King Institute of Preventive Medicine Micro-Biological Section reports 1912-19
Year: 1912
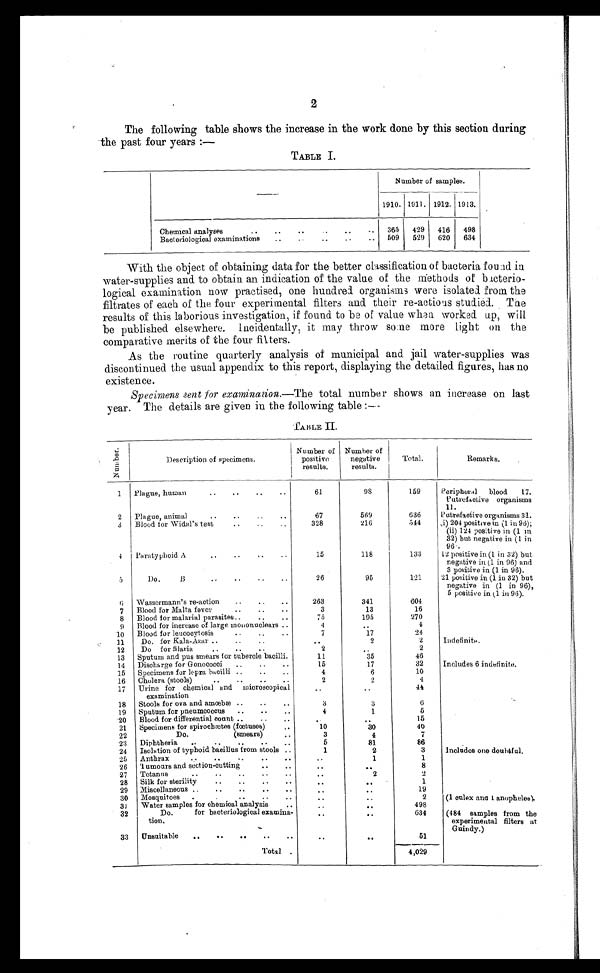
2
The following table shows the increase in the work done by this section during
the past four years :—
TABLE I.
Number of samples.
1910. 1911. 1912. 1913.
Chemical analyses
..
..
..
..
. .
365
429
416
498
Bacteriological examinations
..
..
..
..
. . 509
529
620
634
With the object of obtaining data for the better classification of bacteria found in
water-supplies and to obtain an indication of the value of the methods of bacterio-
logical examination now practised, one hundred organisms were isolated. from the
filtrates of each of the four experimental filters and their re-actions studied. The
results of this laborious investigation, if found to be of value when worked up, will
be published elsewhere. Incidentally, it may throw some more light on the
comparative merits of the four filters.
As the routine quarterly analysis of municipal and jail water-supplies was
discontinued the usual appendix to this report, displaying the detailed figures, has no
existence.
Specimens sent for examination. —The total number shows an increase on last
year. The details are given in the following table :—
TABLE II
N u m b e r .
Description of specimens.
Number of
positive
results.
Number of
negative
results.
Total.
Remarks.
1
Plague, human
..
..
..
..
61
98
159
Peripheral blood 17.
Putrefactive organisms
11.
2
Plague, animal
..
. .
67
569
636
Putrefactive organisms 31.
3
Blood for Widal's test
..
..
328
216
544
,i 204 positive in (1 in 96);
(ii) 124 positive in (1 in
32) but negative in (1 in
96 .
4
Paratyphoid A
..
..
..
..
15
118
133
12 positive in (1 in 32) but
negative in (1 in 96) and
3 positive in (1 in 96).
5
Do.
B
..
..
..
..
26
95
121
21 positive in (1 in 32) but
negative in (1 in 96),
5 positive in (1 in 96).
6
Wassermann's re-action
..
..
..
263
341
601
7
Blood for Malta fever
.. ..
. .
3
13
16
8
Blood for malarial parasites..
..
75
195
270
9
Blood for increase of large mononuclears ..
4
. .
4
10
Blood for leucocytosis
. . .
. . .
7
17
24
11
Do. for Kala-Azar ..
..
.
..
2
2
Indefinite. .
12
Do for filaria
..
..
..
2
. .
2
13
Sputum and pus smears for tubercle bacilli.
11
35
46
14
Discharge for Gonococci
..
.. ..
15
17
32
Includes 6 indefinite.
15 Specimens for lepra bacilli ..
..
..
4
6
10
16
Cholera (stools)..
.. ..
2
2
4
17
Urine for chemical and microscopica
l examination
. .
. .
4 4
18
Stools for ova and amœbæ ..
..
. .
3
3
6
19
Sputum for pneumcoccus
..
.. ..
4
1
5
20
Blood for differential count ..
..
. .
. .
. .
15
21 Specimens for spirochætes (fœtuses)
..
10
30
40
22
Do.
(smears)..
3
4
7
23 Diphtheria
..
.. ..
..
..
5
81
86
24 Isolation of typhoid bacillus from stools ..
1
2
3
Includes one doubtful.
25 Anthrax
. . ..
..
..
..
. .
1
1
26 T umours and section-cutting
.. ..
. .
. .
8
27 Tetanus
.. ....
..
. .
..
2
2
28
Silk for sterility
..
..
..
..
. .
. .
1
29 Miscellaneous ..
..
..
..
. .
. .
. .
19
30 Mosquitoes .
. . .
. .
. .
. .
. .
2
(1 culex and 1 anopheles).
31 Water samples for chemical analysis
..
. .
. .
498
32
Do.
for bacteriological examina
¬ t i o n .
. .
. .
634
(484 samples from the
experimental filters at
Guindy.)
33 Unsuitable
..
..
..
.. . .
. .
51
Total
. .
. .
4,029